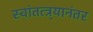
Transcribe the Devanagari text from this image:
स्वांतत्त्र्यानंतर